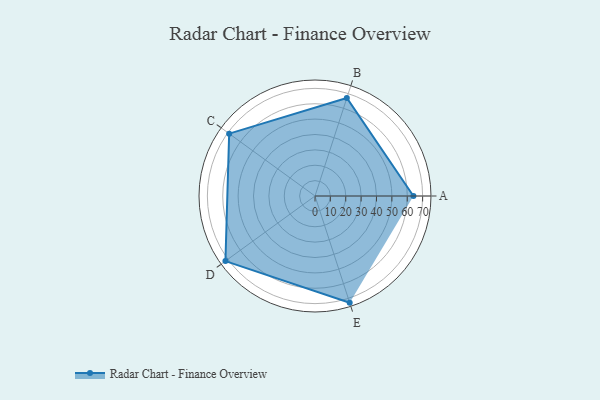
{"axis": {"x": "Skill", "y": "Score"}, "legend": ["Profile"], "data": [{"x": "A", "y": 64.0, "type": "Profile"}, {"x": "B", "y": 67.0, "type": "Profile"}, {"x": "C", "y": 69.0, "type": "Profile"}, {"x": "D", "y": 72.0, "type": "Profile"}, {"x": "E", "y": 73.0, "type": "Profile"}]}